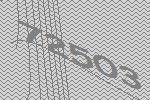
72503